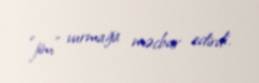
“jim” vurmağa məcbur edirdi.